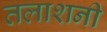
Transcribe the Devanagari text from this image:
तलाशनी